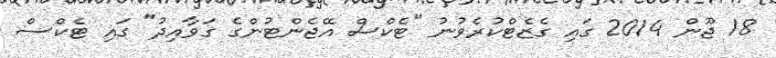
18 ޖޫން 2014 ގައި ގެޒެޓްކުރެވުނު "ޓެކްސް އޭޖެންޓުންގެ ގަވާއިދު" ގައި ޓެކްސް